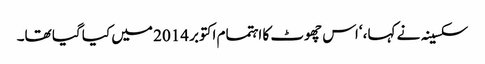
سکسینہ نے کہا، ‘اس چھوٹ کا اہتمام اکتوبر 2014 میں کیا گیا تھا۔